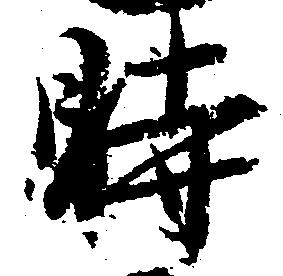
時